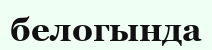
белогында